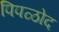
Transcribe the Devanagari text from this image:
पिपळोद